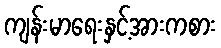
ကျန်းမာရေးနှင့်အားကစား